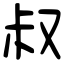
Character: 叔